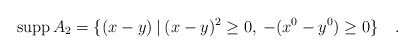
\begin{align*}{\mbox {supp}} \, A_2 =\{(x-y)\>|\>(x-y)^2\ge 0,\> -(x^0-y^0)\ge 0\} \quad.\end{align*}